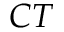
C T